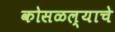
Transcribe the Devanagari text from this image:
कोसळल्याचे